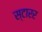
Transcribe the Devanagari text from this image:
स्टारर